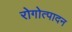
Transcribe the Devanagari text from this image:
रोगोत्पादन